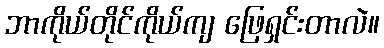
ဘာကိုယ်တိုင်ကိုယ်ကျ ဖြေရှင်းတာလဲ။